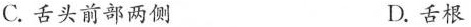
C. 舌头前部两侧 D. 舌根